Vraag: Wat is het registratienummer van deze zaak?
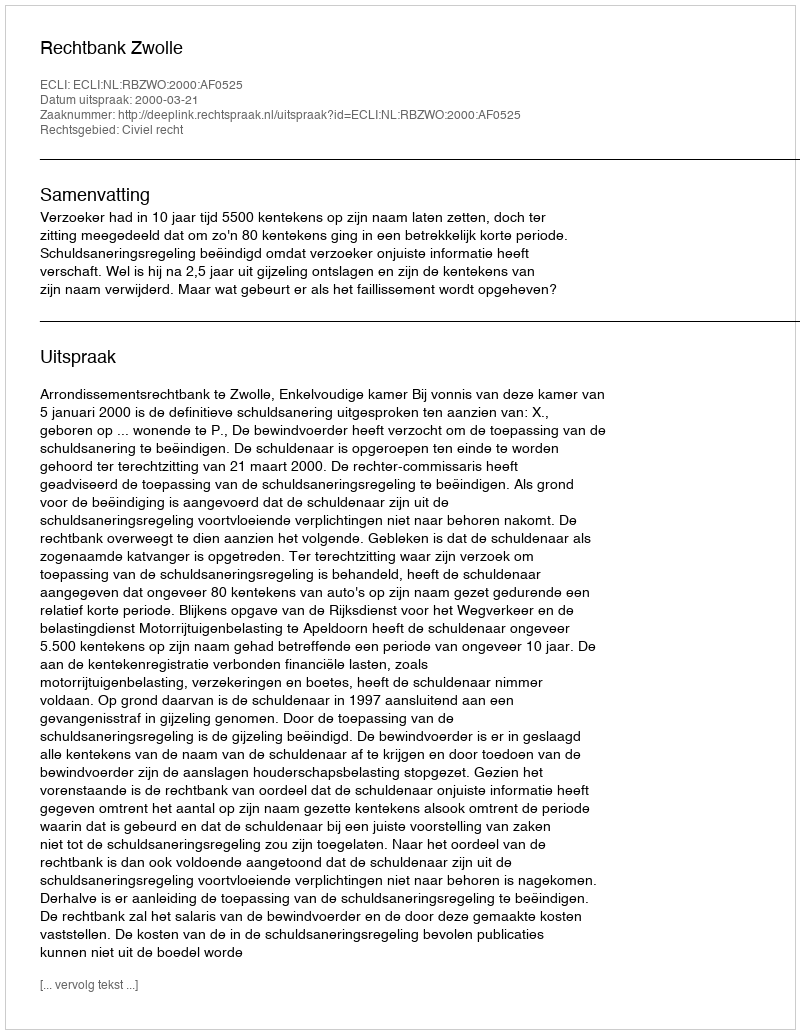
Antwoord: http://deeplink.rechtspraak.nl/uitspraak?id=ECLI:NL:RBZWO:2000:AF0525